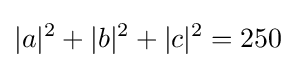
|a|^{2}+|b|^{2}+|c|^{2}=250